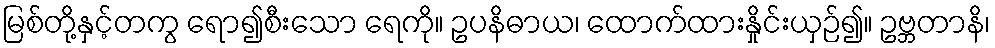
မြစ်တို့နှင့်တကွ ရော၍စီးသော ရေကို။ ဥပနိဓာယ၊ ထောက်ထားနှိုင်းယှဉ်၍။ ဥဗ္ဘတာနိ၊